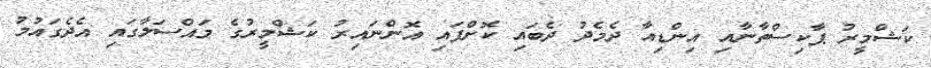
ކަޝްމީރު ޕާކިސްތާނާއި އިންޑިއާ ދެމެދު ދެބައި ކޮށްފައި އޮންނައިރު ކަޝްމީރުގެ މައްސަލާގައި އެދެގައުމު